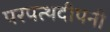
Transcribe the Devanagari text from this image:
परपत्थदीपनी